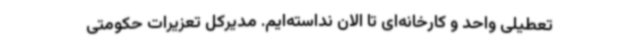
تعطیلی واحد و کارخانه‌ای تا الان نداسته‌ایم. مدیرکل تعزیرات حکومتی